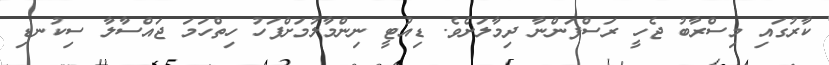
ކާރުގައި މިސްރާބު ޖެހީ ރަސްފަންނާ ދިމާލަށެވެ. ޑިއުޓީ ނިންމާލުމަށްފަހު ހިތްހަމަ ޖައްސާލާ ސިކުނޑި